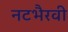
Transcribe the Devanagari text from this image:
नटभैरवी